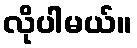
လိုပါမယ်။